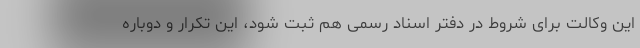
این وکالت برای شروط در دفتر اسناد رسمی هم ثبت شود، این تکرار و دوباره